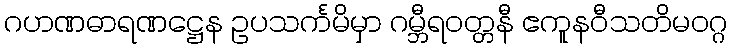
ဂဟဏဓာရဏဋ္ဌေန ဥပသင်္ကမိမှာ ဂမ္ဘီရဝတ္တနီ ဧကူနဝီသတိမဝဂ္ဂ